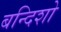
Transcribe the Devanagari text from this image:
बन्दिशो